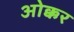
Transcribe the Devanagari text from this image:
ओक्कर